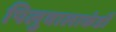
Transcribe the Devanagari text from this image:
पिलुवालाकंडी